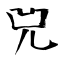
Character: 兕